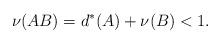
LaTeX: \begin{align*}\nu(AB) = d^*(A) + \nu(B) < 1.\end{align*}